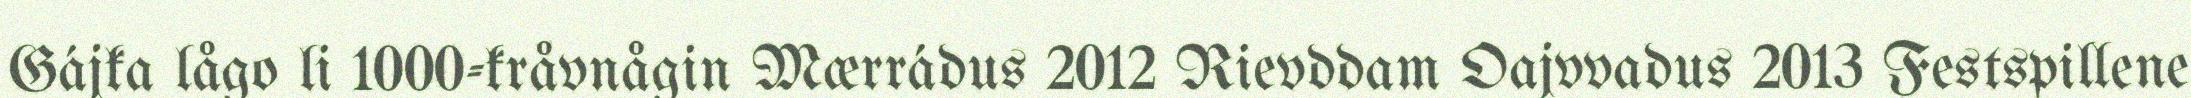
Gájka lågo li 1000-kråvnågin Mærrádus 2012 Rievddam Oajvvadus 2013 Festspillene